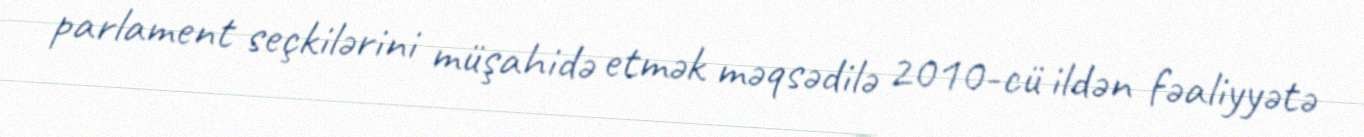
parlament seçkilərini müşahidə etmək məqsədilə 2010-cü ildən fəaliyyətə